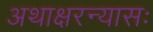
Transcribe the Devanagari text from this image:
अथाक्षरन्यासः